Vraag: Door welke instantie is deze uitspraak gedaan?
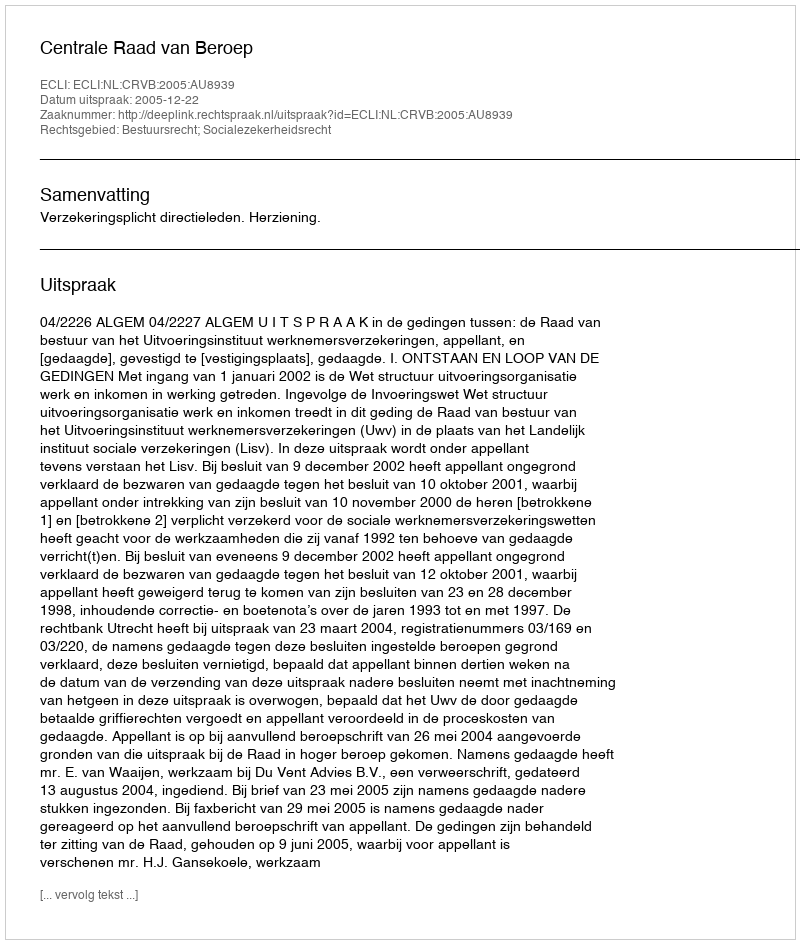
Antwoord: Centrale Raad van Beroep